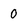
Character: 0